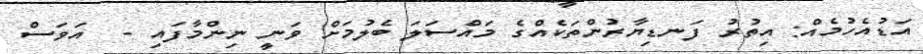
އަޑުއެހުމެއް: އިތުުރު ފަނޑިޔާރުންތަކެއްގެ މައްސަލަ ބެލުމަށް ވަނީ ނިންމާފައި -  އަވަސް